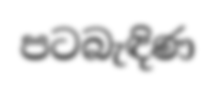
පටබැඳිණ